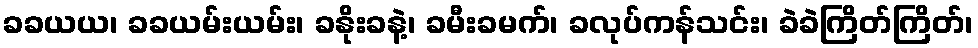
ခခယယ၊ ခခယမ်းယမ်း၊ ခနိုးခနဲ့၊ ခမီးခမက်၊ ခလုပ်ကန်သင်း၊ ခဲခဲကြိတ်ကြိတ်၊